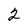
Character: 2